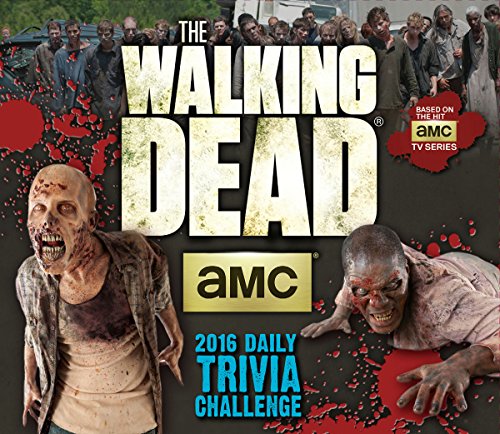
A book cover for Walking Dead Trivia 2016 Boxed/Daily Calendar; AMC; Humor & Entertainment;